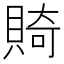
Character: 𬥛